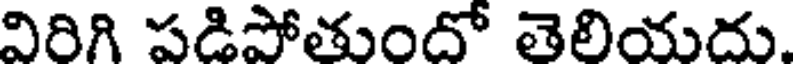
విరిగి పడిపోతుందో తెలియదు.